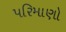
પરિમાણો